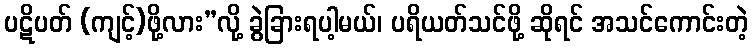
ပဋိပတ် (ကျင့်)ဖို့လား”လို့ ခွဲခြားရပါ့မယ်၊ ပရိယတ်သင်ဖို့ ဆိုရင် အသင်ကောင်းတဲ့